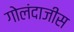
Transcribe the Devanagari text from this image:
गोलंदाजीस